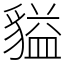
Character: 貖